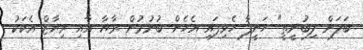
ބަލަން ލިބުނީތީ" ހަނީފާ ހެވިފައި އެހެން ބުނުމުން ރާޔާ އާއި ރިޔާޒް އެކަކު